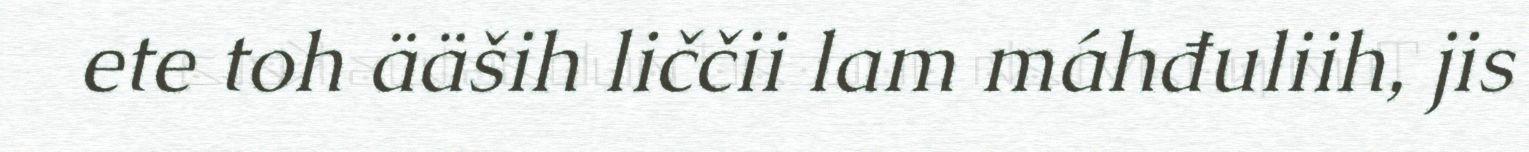
ete toh ääših liččii lam máhđuliih, jis